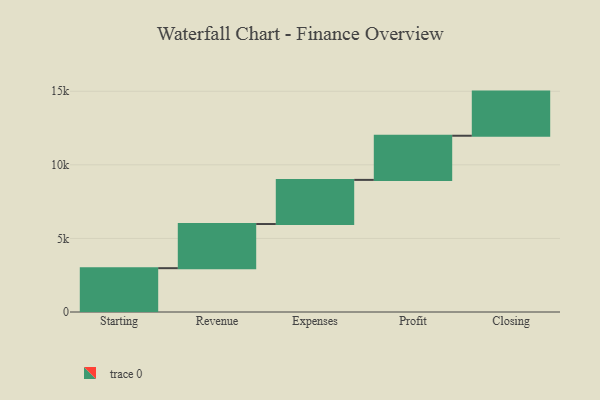
{"axis": {"x": "Step", "y": "Value"}, "legend": [""], "data": [{"x": "Starting", "y": 2978.0, "type": ""}, {"x": "Revenue", "y": 3000, "type": ""}, {"x": "Expenses", "y": 3000, "type": ""}, {"x": "Profit", "y": 3000, "type": ""}, {"x": "Closing", "y": 3000, "type": ""}]}